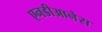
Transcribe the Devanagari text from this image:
एनडीआनेस